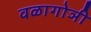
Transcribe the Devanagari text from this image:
वळागोञी